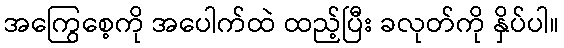
အကြွေစေ့ကို အပေါက်ထဲ ထည့်ပြီး ခလုတ်ကို နှိပ်ပါ။